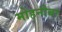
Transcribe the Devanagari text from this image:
मोहनीबा